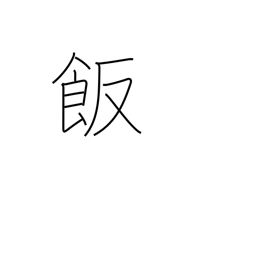
Meaning: meal